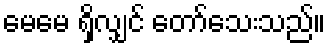
မေမေ ရှိလျှင် တော်သေးသည်။